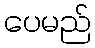
ပေမည်